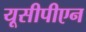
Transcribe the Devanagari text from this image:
यूसीपीएन